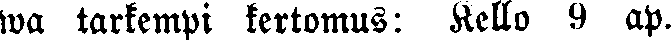
wa tarkempi kertomus: Kello 9 ap.2